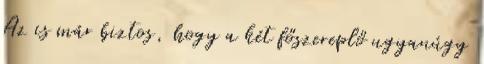
Az is már biztos, hogy a két főszereplő ugyanúgy